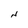
Character: N